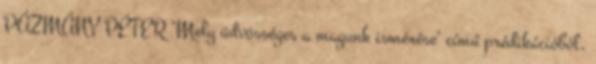
PÁZMÁNY PÉTER "Mely üdvösséges a magunk ismérése" című prédikációból,